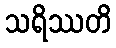
သရိဿတိ